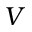
V